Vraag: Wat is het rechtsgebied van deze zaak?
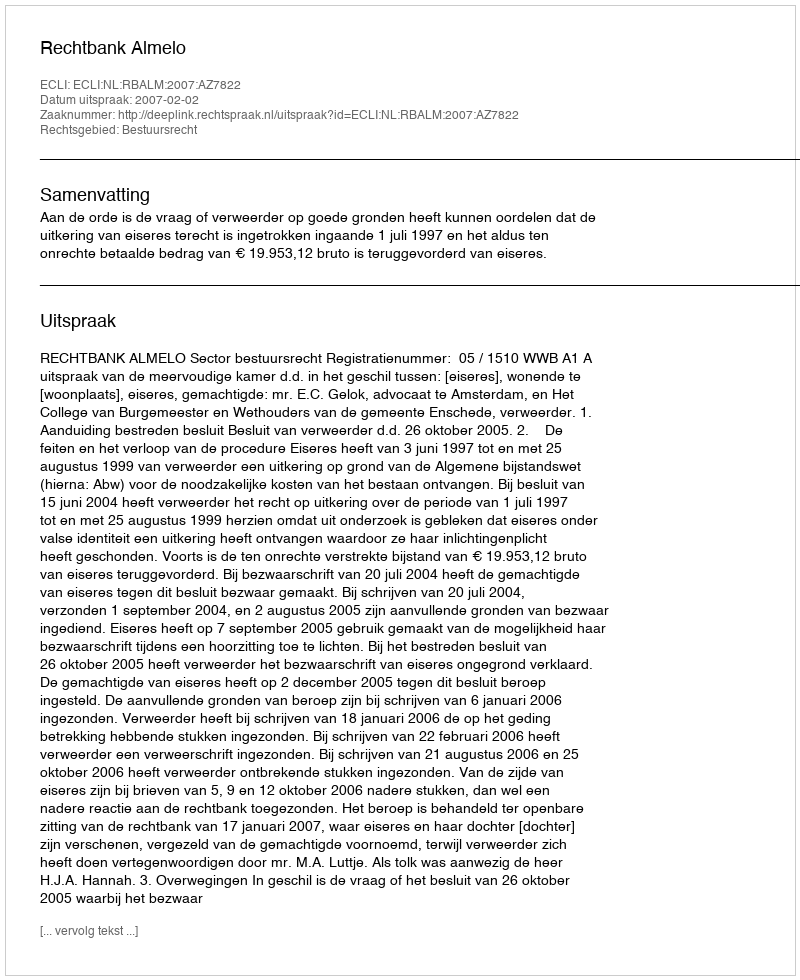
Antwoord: Bestuursrecht